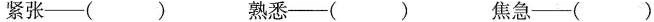
紧张——() 熟悉——() 焦急——()